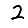
Digit: 2